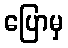
ပြောမှ